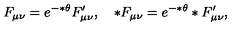
F _ { \mu \nu } = e ^ { - * \theta } F _ { \mu \nu } ^ { \prime } , \quad * F _ { \mu \nu } = e ^ { - * \theta } * F _ { \mu \nu } ^ { \prime } ,